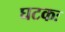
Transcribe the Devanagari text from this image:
घटकः